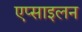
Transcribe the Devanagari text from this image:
एप्साइलन